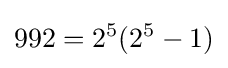
992=2^{5}(2^{5}-1)